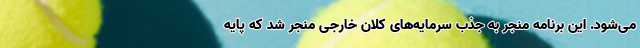
می‌شود. این برنامه منجر به جذب سرمایه‌های کلان خارجی منجر شد که پایه